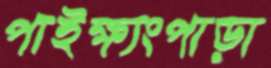
পাইক্ষ্যংপাড়া